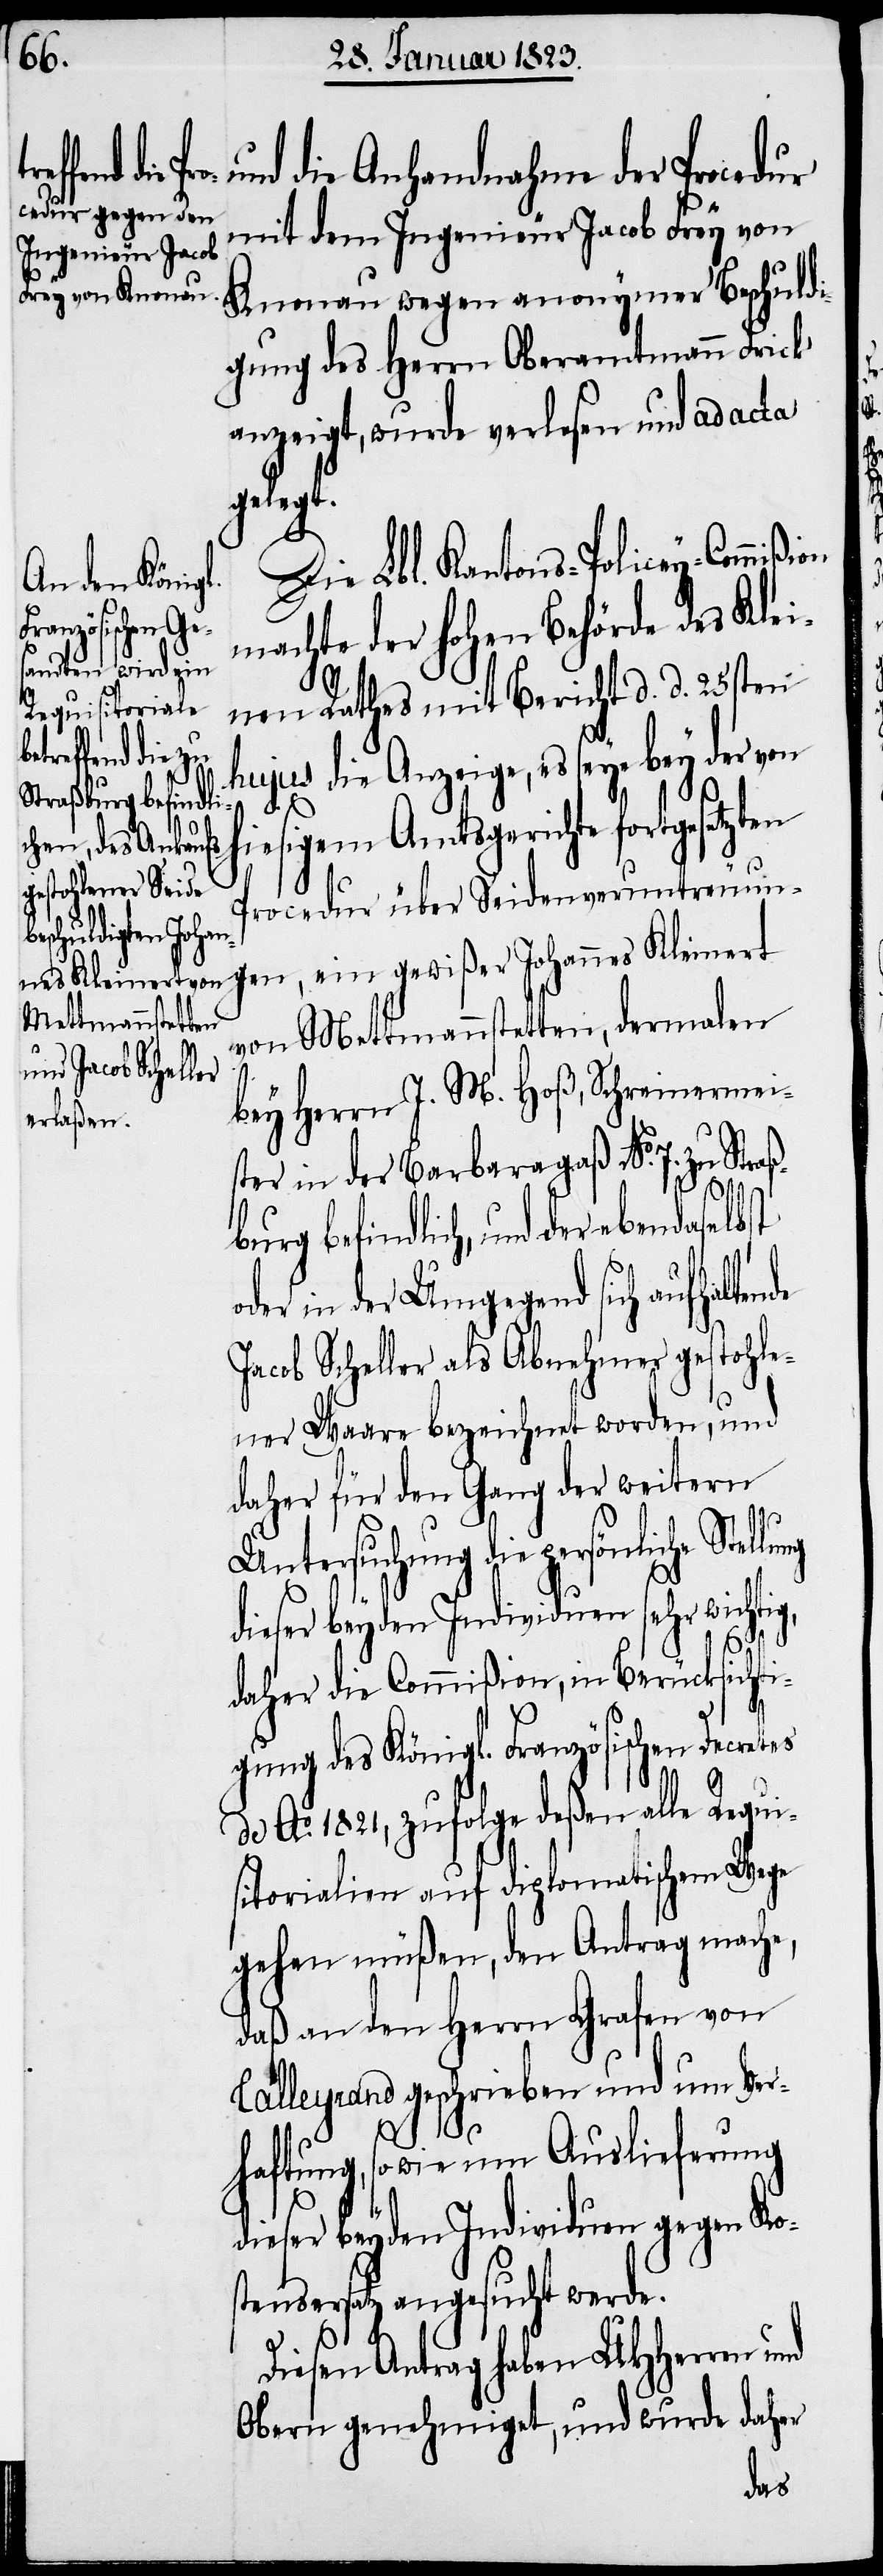
und die Anhandnahme der Procedur
mit dem Ingenieur Jacob Frey von
Knonau wegen anonymer Beschuldi¬
gung des Herrn Oberamtmann Frick
anzeigt, wurde verlesen und ad acta
gelegt.
Die Lbl. Kantons-Policey-Commi¬
machte der hohen Behörde des Klei¬
nen Rathes mit Bericht d. d. 25sten
hujus die Anzeige, es seye bey der von
hiesigem Amtsgerichte fortgesetzten
Procedur über Seidenveruntreuun¬
gen, ein gewißer Johannes Kleinert
von Mettmannstetten, dermalen
bey Herrn J. M. Hoß, Schreinermei¬
ster in der Barbaragaß No. 7. zu Stra¬
ßburg befindlich, und der ebendaselbst
der in der Umgegend sich aufhalten¬
Jacob Scheller als Abnehmer gestohle¬
ner Waare bezeichnet worden, und
daher für den Gang der weitern
Untersuchung die persönliche Stellu¬
dieser beyden Individuen sehr wichti¬
daher die Commißion, in Berücksichti¬
gung des Königl. Französischen Decretes
de Ao. 1821, zufolge deßen alle Requi¬
sitorialien auf diplomatischem Wege
gehen müßen, den Antrag mache,
daß an den Herrn Grafen von
Talleyrand geschrieben und um Ver¬
o¬
g,
haftung, sowie um Auslieferung
dieser beyden Individuen gegen Kos¬
tensersatz angesucht werde.
Diesen Antrag haben UHHerren und
Obern genehmiget, und wurde daher
de